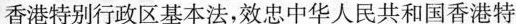
香港特别行政区基本法，效忠中华人民共和国香港特